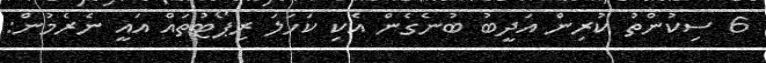
6 ސިކުންތު ކުރިން އަދީބު ބުނެގެން އެކި ކަހަލަ ރިޕޯޓުތައް އައީ ނެރެމުން: